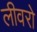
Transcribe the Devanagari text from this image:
लीवरो